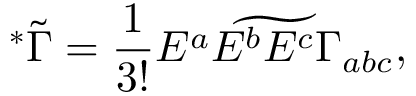
^ * \tilde { \Gamma } = { \frac { 1 } { 3 ! } } \widetilde { E ^ { a } E ^ { b } E ^ { c } \Gamma _ { a b c } } ,